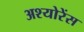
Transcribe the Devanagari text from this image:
अश्योरेंस